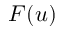
F ( u )